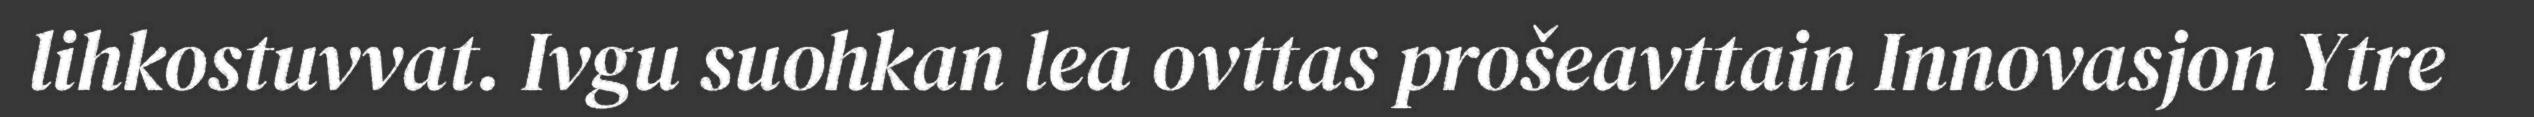
lihkostuvvat. Ivgu suohkan lea ovttas prošeavttain Innovasjon Ytre